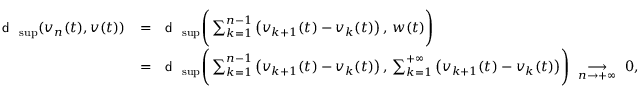
\begin{array} { r l } { \textnormal { \textsf { d } } _ { \operatorname* { s u p } } ( v _ { n } ( t ) , v ( t ) ) } & { = \textnormal { \textsf { d } } _ { \operatorname* { s u p } } \Bigg ( \sum _ { k = 1 } ^ { n - 1 } \big ( v _ { k + 1 } ( t ) - v _ { k } ( t ) \big ) \, , \, w ( t ) \Bigg ) } \\ & { = \textnormal { \textsf { d } } _ { \operatorname* { s u p } } \Bigg ( \sum _ { k = 1 } ^ { n - 1 } \big ( v _ { k + 1 } ( t ) - v _ { k } ( t ) \big ) \, , \, \sum _ { k = 1 } ^ { + \infty } \big ( v _ { k + 1 } ( t ) - v _ { k } ( t ) \big ) \Bigg ) ~ \underset { n \to + \infty } { \longrightarrow } ~ 0 , } \end{array}